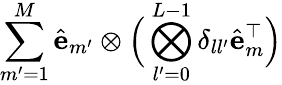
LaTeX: \sum_{m^{\prime}=1}^{M}\hat{\mathbf{e}}_{m^{\prime}}\otimes\Big(\bigotimes_{l^{\prime}=0}^{L-1}\delta_{ll^{\prime}}\hat{\mathbf{e}}_{m}^{\top}\Big)